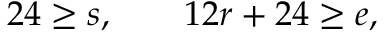
2 4 \geq s , \qquad 1 2 r + 2 4 \geq e ,